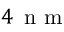
4 \, \mathrm { ~ n ~ m ~ }